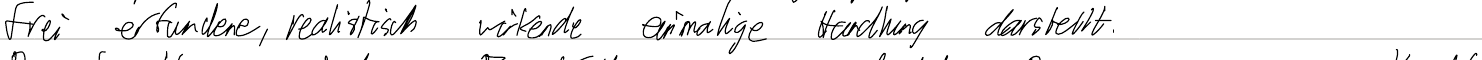
frei erfundene, realistisch wirkende einmalige Handlung darstellt.